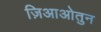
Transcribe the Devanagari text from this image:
ज़िआओतुन